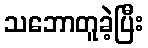
သဘောတူခဲ့ပြီး